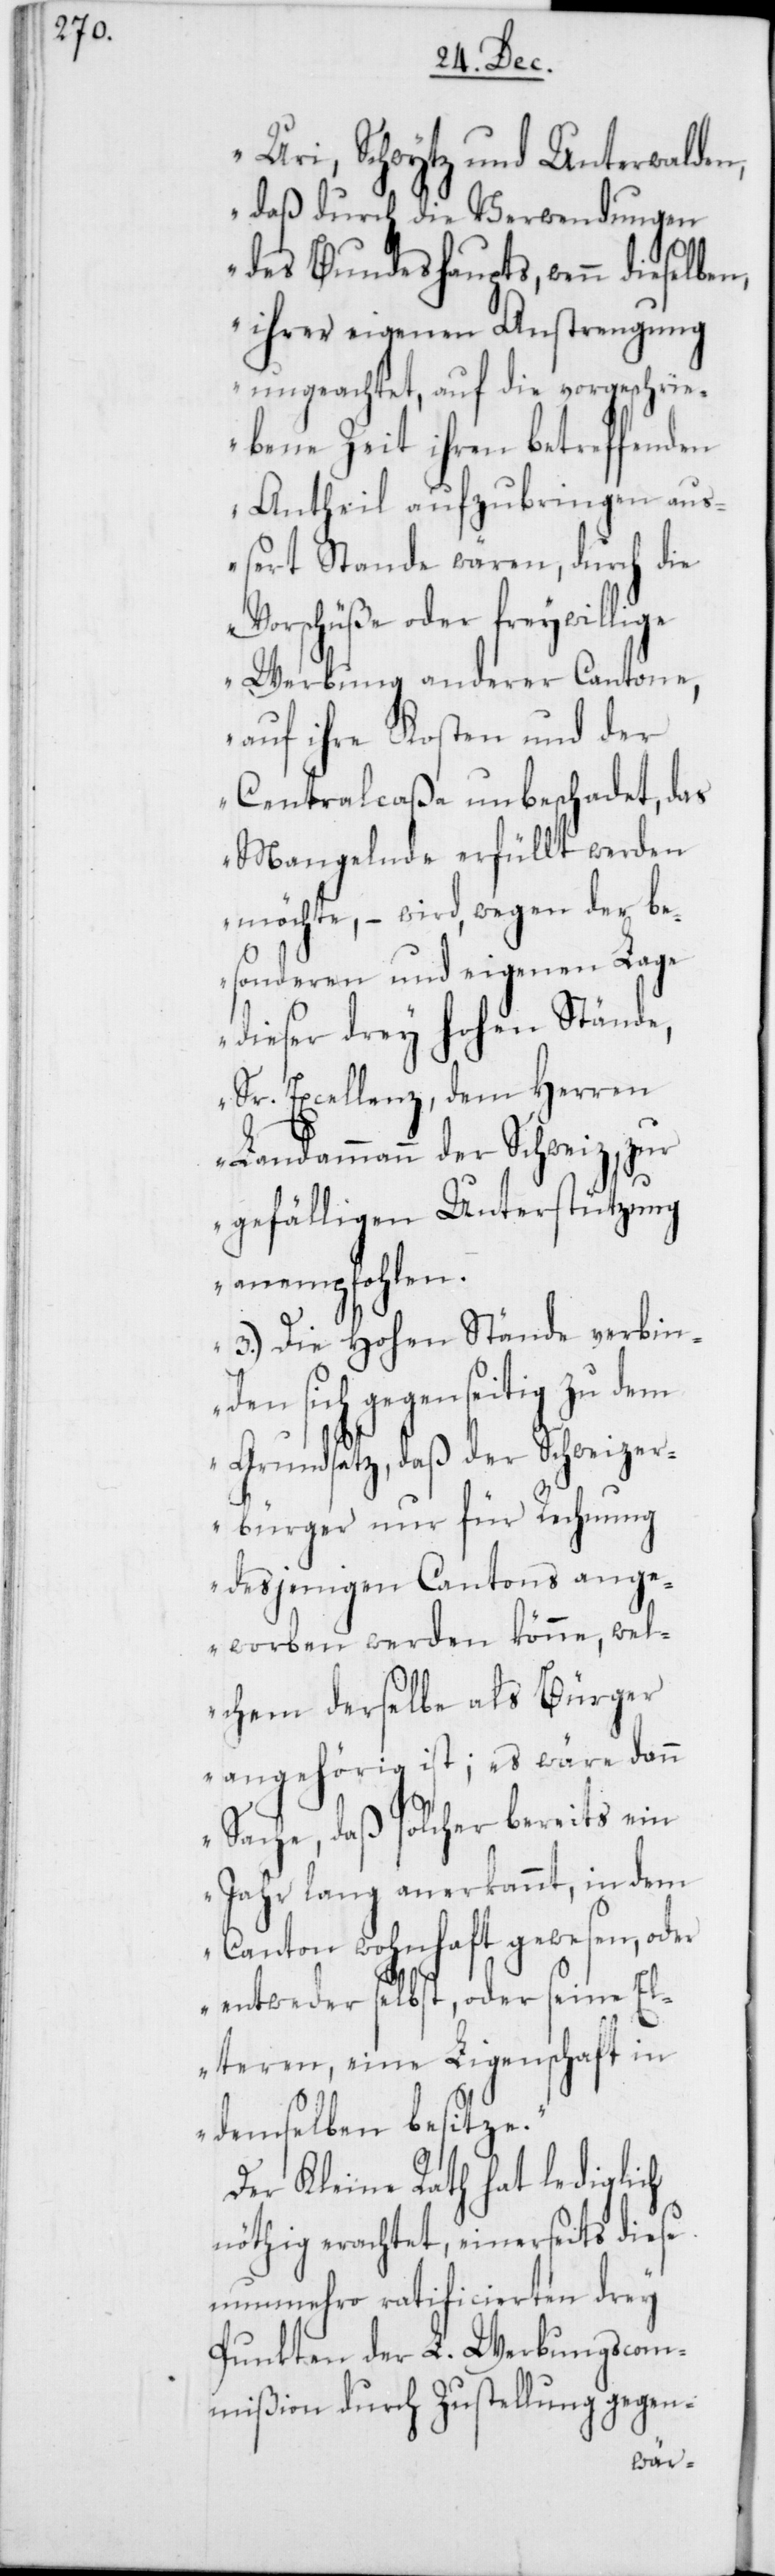
Uri, Schwytz und Unterwalden,
daß durch die Verwendungen
des Bundeshaupts, wenn dieselben
ihrer eigenen Anstrengung
ungeachtet, auf die vorgeschrie¬
bene Zeit ihren betreffenden
Antheil aufzubringen au¬
ßert Stande wären, durch die
Vorschüße oder freywillige
Werbung anderer Cantone,
auf ihre Kosten und der
Centralcaßa unbeschadet, das
Mangelnde erfüllt werden
möchte, – wird, wegen der be¬
sonderen und eigenen Lage
dieser drey hohen Stände,
Sr. Excellenz, dem Herren
Landammann der Schweiz, zur
gefälligen Unterstützung
anempfohlen.
3.) Die Hohen Stände verbind¬
en sich gegenseitig zu
Grundsatz, daß der Schweizer¬
bürger nur für Rechnung
desjenigen Cantons ange¬
worben werden könne, wel¬
chem derselbe als Bürger
angehörig ist; es wäre dann
Sache, daß solcher bereits ein
Jahr lang anerkannt, in dem
Canton wohnhaft gewesen, oder
entweder selbst, oder seine El¬
teren, eine Liegenschaft in
demselben besitze.“
Der Kleine Rath hat lediglich
nöthig erachtet, einerseits diese
nunmehro ratificierten drey
Punkten der L. Werbungscom¬
mißion durch Zustellung gegen-